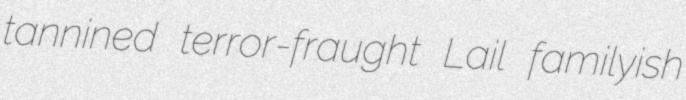
tannined terror-fraught Lail familyish